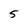
Character: 5